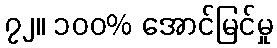
၇၂။ ၁၀၀% အောင်မြင်မှု